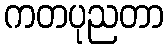
ကတပုညတာ